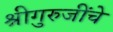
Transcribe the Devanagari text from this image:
श्रीगुरुजींचे